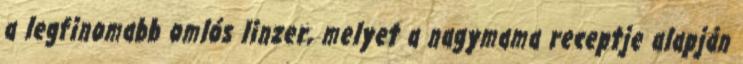
a legfinomabb omlós linzer, melyet a nagymama receptje alapján